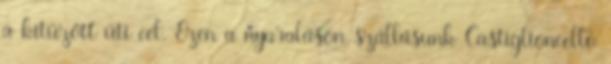
a kitűzött úti cél. Ezen a nyaraláson szállásunk Castiglioncello